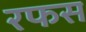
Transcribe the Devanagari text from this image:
रफस